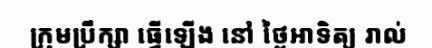
ក្រុមប្រឹក្សា ធ្វើឡើង នៅ ថ្ងៃអាទិត្យ រាល់